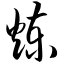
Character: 炼